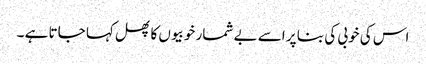
اس کی خوبی کی بنا پر اسے بے شمار خوبیوں کا پھل کہا جاتا ہے ۔